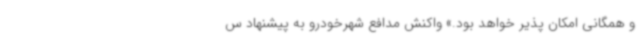
و همگانی امکان پذیر خواهد بود.» واکنش مدافع شهرخودرو به پیشنهاد س